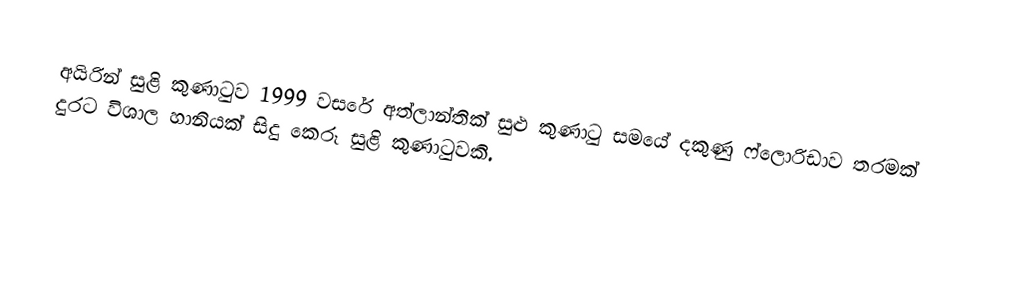
අයිරින් සුළි කුණාටුව 1999 වසරේ අත්ලාන්තික් සුළු කුණාටු සමයේ දකුණු ෆ්ලොරිඩාව තරමක් දුරට විශාල හානියක් සිදු කෙරූ සුළි කුණාටුවකි.